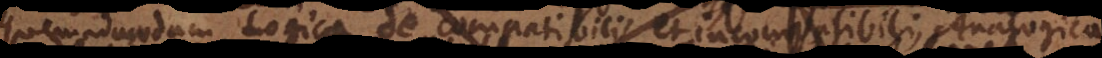
et Logica de compatibili et incompatibili, Analogica